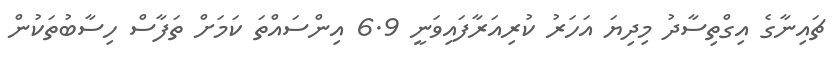
ޗައިނާގެ އިގްތިސާދު މިދިޔަ އަހަރު ކުރިއަރާފައިވަނީ 6.9 އިންސައްތަ ކަމަށް ތަފާސް ހިސާބުތަކުން